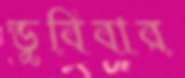
ডুবিবার